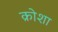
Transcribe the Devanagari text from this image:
क्रोशा